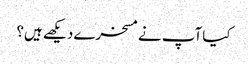
کیا آپ نے مسخرے دیکھے ہیں؟